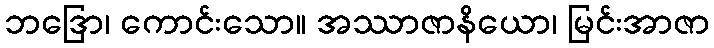
ဘဒြော၊ ကောင်းသော။ အဿာဇာနိယော၊ မြင်းအာဇာ